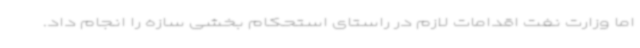
اما وزارت نفت اقدامات لازم در راستای استحکام بخشی سازه را انجام داد.